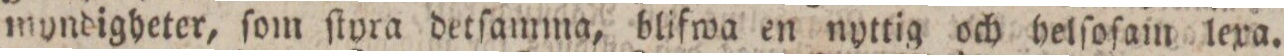
myndigheter, ſom ſtyra detſamma, blifwa en nyttig och helſoſam lexa.